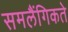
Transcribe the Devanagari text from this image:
समलैंगिकते